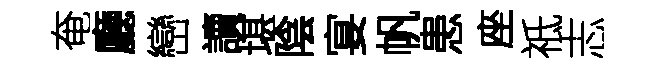
奄廳巒讀堪陰宴帆患座祗志